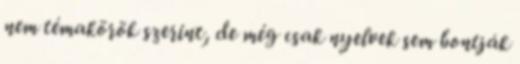
nem témakörök szerint, de még csak nyelvek sem bontják